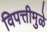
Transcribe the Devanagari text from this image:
विपत्तीमुळे